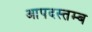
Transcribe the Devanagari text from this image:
आपदस्तम्ब